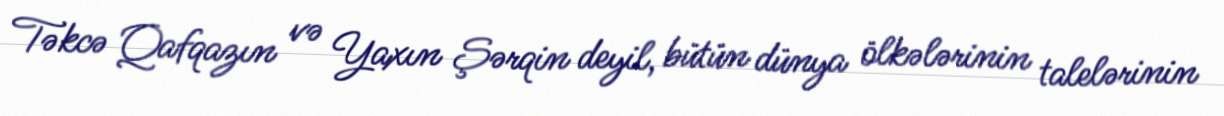
Təkcə Qafqazın və Yaxın Şərqin deyil, bütün dünya ölkələrinin talelərinin